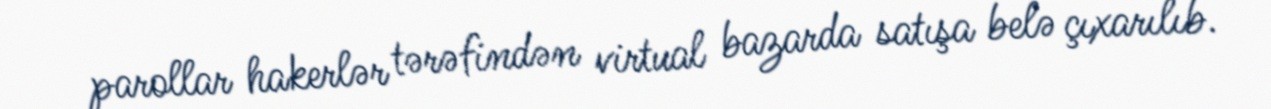
parollar hakerlər tərəfindən virtual bazarda satışa belə çıxarılıb.